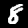
Label: 8